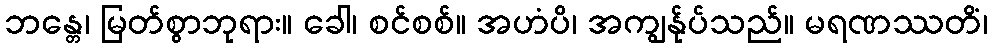
ဘန္တေ၊ မြတ်စွာဘုရား။ ခေါ၊ စင်စစ်။ အဟံပိ၊ အကျွန်ုပ်သည်။ မရဏဿတိံ၊